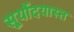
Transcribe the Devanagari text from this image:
सूर्योदयास्त